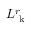
L _ { \mathrm { ~ k ~ } } ^ { r }